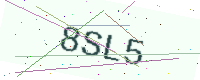
Text: 8SL5